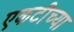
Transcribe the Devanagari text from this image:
एकटीच्या